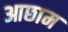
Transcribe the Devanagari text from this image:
आछाम